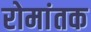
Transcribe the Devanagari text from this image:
रोमांतक